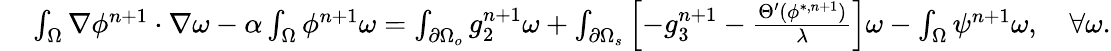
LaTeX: \begin{array}{rl}{\small}&{{}\int_{\Omega}\nabla\phi^{n+1}\cdot\nabla\omega-\alpha\int_{\Omega}\phi^{n+1}\omega=\int_{\partial\Omega_{o}}g_{2}^{n+1}\omega+\int_{\partial\Omega_{s}}\left[-g_{3}^{n+1}-\frac{\Theta^{\prime}(\phi^{*,n+1})}{\lambda}\right]\omega-\int_{\Omega}\psi^{n+1}\omega,\quad\forall\omega.}\end{array}